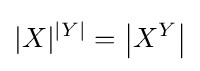
|X|^{|Y|}=\left|X^{Y}\right|